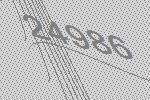
24986